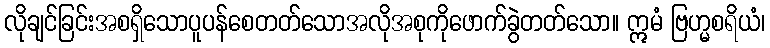
လိုချင်ခြင်းအစရှိသောပူပန်စေတတ်သောအလိုအစုကိုဖောက်ခွဲတတ်သော။ ဣမံ ဗြဟ္မစရိယံ၊